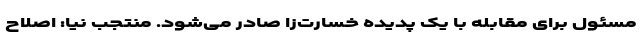
مسئول برای مقابله با یک پدیده خسارت‌زا صادر می‌شود. منتجب نیا: اصلاح